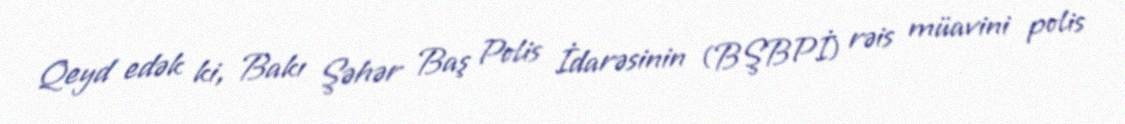
Qeyd edək ki, Bakı Şəhər Baş Polis İdarəsinin (BŞBPİ) rəis müavini polis